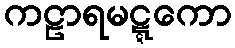
ကဠာရမဋ္ဋကော